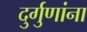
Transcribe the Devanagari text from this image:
दुर्गुणांना